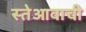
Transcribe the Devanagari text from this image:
स्तेआवाची